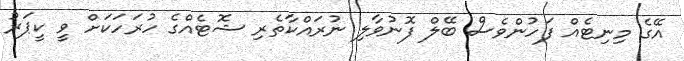
އޭގެ މިނިޓެއް ފަހުންވެސް ބޭލް ފޮނުވާލި ނުރައްކާތެރި ޝޮޓެއްގެ ހުރަހަކަށް ވީ ކީޕަރު